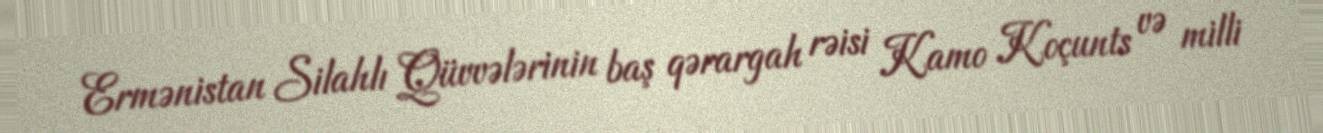
Ermənistan Silahlı Qüvvələrinin baş qərargah rəisi Kamo Koçunts və milli